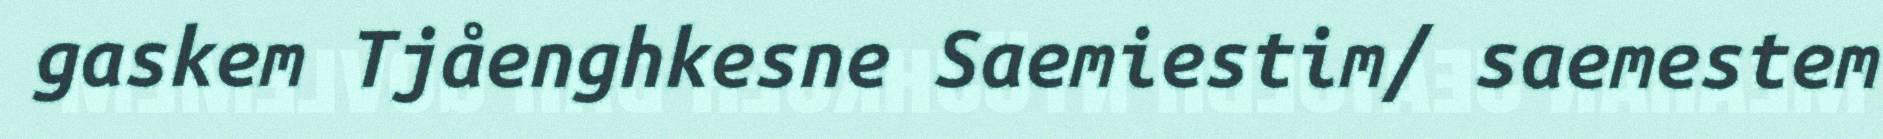
gaskem Tjåenghkesne Saemiestim/ saemestem